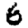
Digit: 6